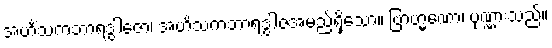
အဟိံသကဘာရဒွါဇော၊ အဟိံသကဘာရဒွါဇအမည်ရှိသော။ ဗြာဟ္မဏော၊ ပုဏ္ဏားသည်။